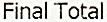
FINAL TOTAL